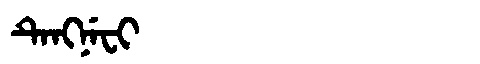
Manchu: ᡨᡝᠩᠨᡝᠸᡳ
Romanization: TENGNEFI